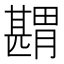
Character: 𦡾